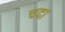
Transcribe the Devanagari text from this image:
चदा